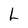
Character: L